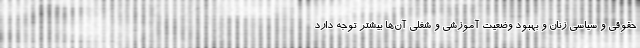
حقوقی و سیاسی زنان و بهبود وضعیت آموزشی و شغلی آن‌ها بیشتر توجه دارد